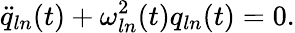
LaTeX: \ddot{q}_{ln}(t)+\omega_{ln}^{2}(t)q_{ln}(t)=0.